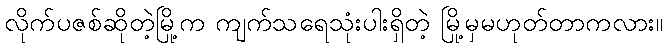
လိုက်ပဇစ်ဆိုတဲ့မြို့က ကျက်သရေသုံးပါးရှိတဲ့ မြို့မှမဟုတ်တာကလား။